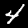
Digit: 4